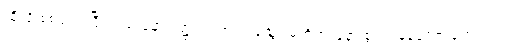
ထိုသို့ စစ်ဆေးပြီးသည့် နောက်၌ ဒင်းဗာက သွေး မတိတ်လူနာ စွဲကပ်နေသော ရောဂါသည်